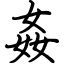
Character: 姦